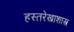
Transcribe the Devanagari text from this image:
हस्तरेखाशास्त्र